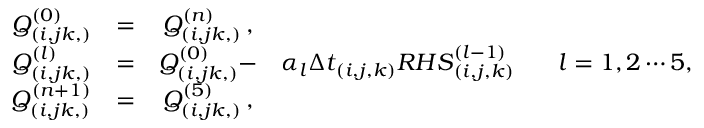
\begin{array} { c c c c c } { Q _ { ( i , j k , ) } ^ { ( 0 ) } } & { = } & { Q _ { ( i , j k , ) } ^ { ( n ) } \, \mathrm { , } } & & \\ { Q _ { ( i , j k , ) } ^ { ( l ) } } & { = } & { Q _ { ( i , j k , ) } ^ { ( 0 ) } - } & { \alpha _ { l } { \Delta t } _ { ( i , j , k ) } { R H S } _ { ( i , j , k ) } ^ { ( l - 1 ) } \, } & { \, \, \, \, l = 1 , 2 \cdots 5 , } \\ { Q _ { ( i , j k , ) } ^ { ( n + 1 ) } } & { = } & { Q _ { ( i , j k , ) } ^ { ( 5 ) } \, \mathrm { , } } & & \end{array}